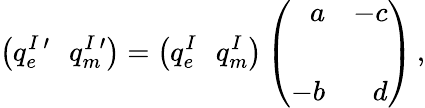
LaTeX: \left(q_{e}^{I\ \prime}\, \, \, \, q_{m}^{I\ \prime}\right)=\left(q_{e}^{I}\, \, \, \, q_{m}^{I}\right)\left(\begin{array}{rr}{{a}}&{{-c}}\\ {{}}&{{}}\\ {{-b}}&{{d}}\end{array}\right)\, ,